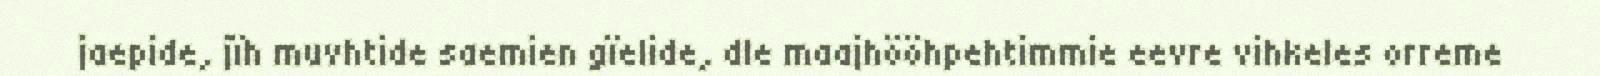
jaepide, jïh muvhtide saemien gïelide, dle maajhööhpehtimmie eevre vihkeles orreme